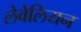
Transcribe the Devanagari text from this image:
लेवेलियन